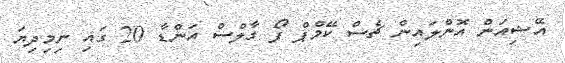
އޭޝިއަން އޮންލައިން ޗެސް ކޭމްޕް ފޯ ގާލްސް އަންޑާ 20 ގައި ނިމިދިޔަ